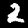
Digit: 2